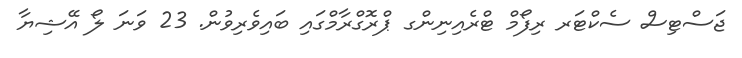
ޖަސްޓިސް ސެކްޓަރ ރިފޯމް ޓްރެއިނިންގ ޕްރޮގްރާމްގައި ބައިވެރިވުން. 23 ވަނަ ލޯ އޭޝިޔާ